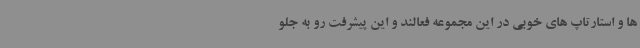
ها و استارتاپ های خوبی در این مجموعه فعالند و این پیشرفت رو به جلو